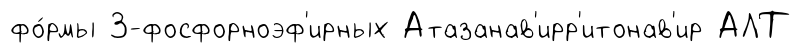
фо́рмы 3-фосфорноэф'ирных Атазанав'ирр'итонав'ир АЛТ